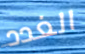
الغدد